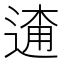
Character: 𨓸